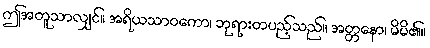
ဤအတူသာလျှင်။ အရိယသာဝကော၊ ဘုရားတပည့်သည်။ အတ္တနော၊ မိမိ၏။